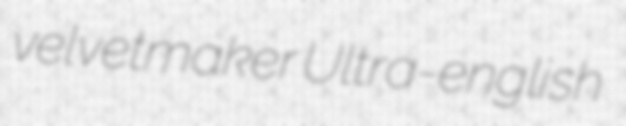
velvetmaker Ultra-english